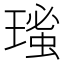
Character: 𤨚